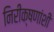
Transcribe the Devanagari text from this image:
निरीक्षणांशी